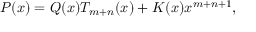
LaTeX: P ( x ) = Q ( x ) T _ { m + n } ( x ) + K ( x ) x ^ { m + n + 1 } ,